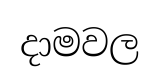
දාමවල